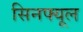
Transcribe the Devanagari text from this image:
सिनफ्यूल